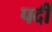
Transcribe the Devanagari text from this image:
पर्दी